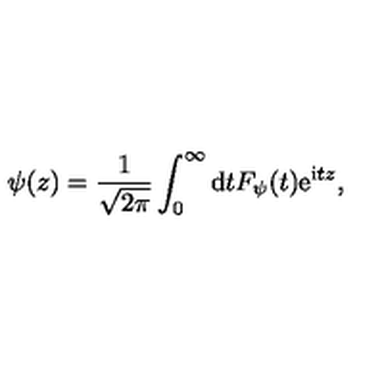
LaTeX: \psi ( z ) = { \frac { 1 } { \sqrt { 2 \pi } } } \int _ { 0 } ^ { \infty } \mathrm { d } t F _ { \psi } ( t ) \mathrm { e } ^ { \mathrm { i } t z } ,